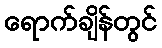
ရောက်ချိန်တွင်